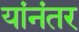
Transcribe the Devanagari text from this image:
यांनंतर